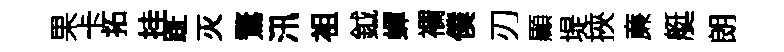
果卡拓挂趾灭鶩汛袓鉞蟬襴僕刃顯堤挾亷艇朗